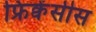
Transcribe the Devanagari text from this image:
फ्रिक्वेंसीस